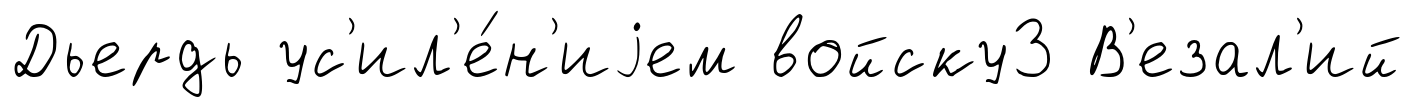
Дьердь ус'ил'е́н'иjем войску3 В'езал'ий